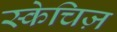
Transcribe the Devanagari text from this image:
स्केचिज़